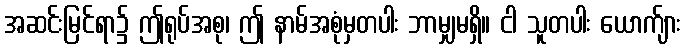
အဆင်းမြင်ရာ၌ ဤရုပ်အစု၊ ဤ နာမ်အစုံမှတပါး ဘာမျှမရှိ။ ငါ သူတပါး ယောက်ျား